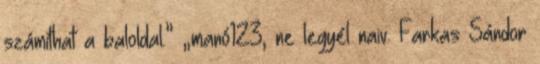
számíthat a baloldal.” „manó123, ne legyél naiv. Farkas Sándor